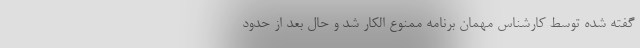
گفته شده توسط کارشناس مهمان برنامه ممنوع الکار شد و حال بعد از حدود